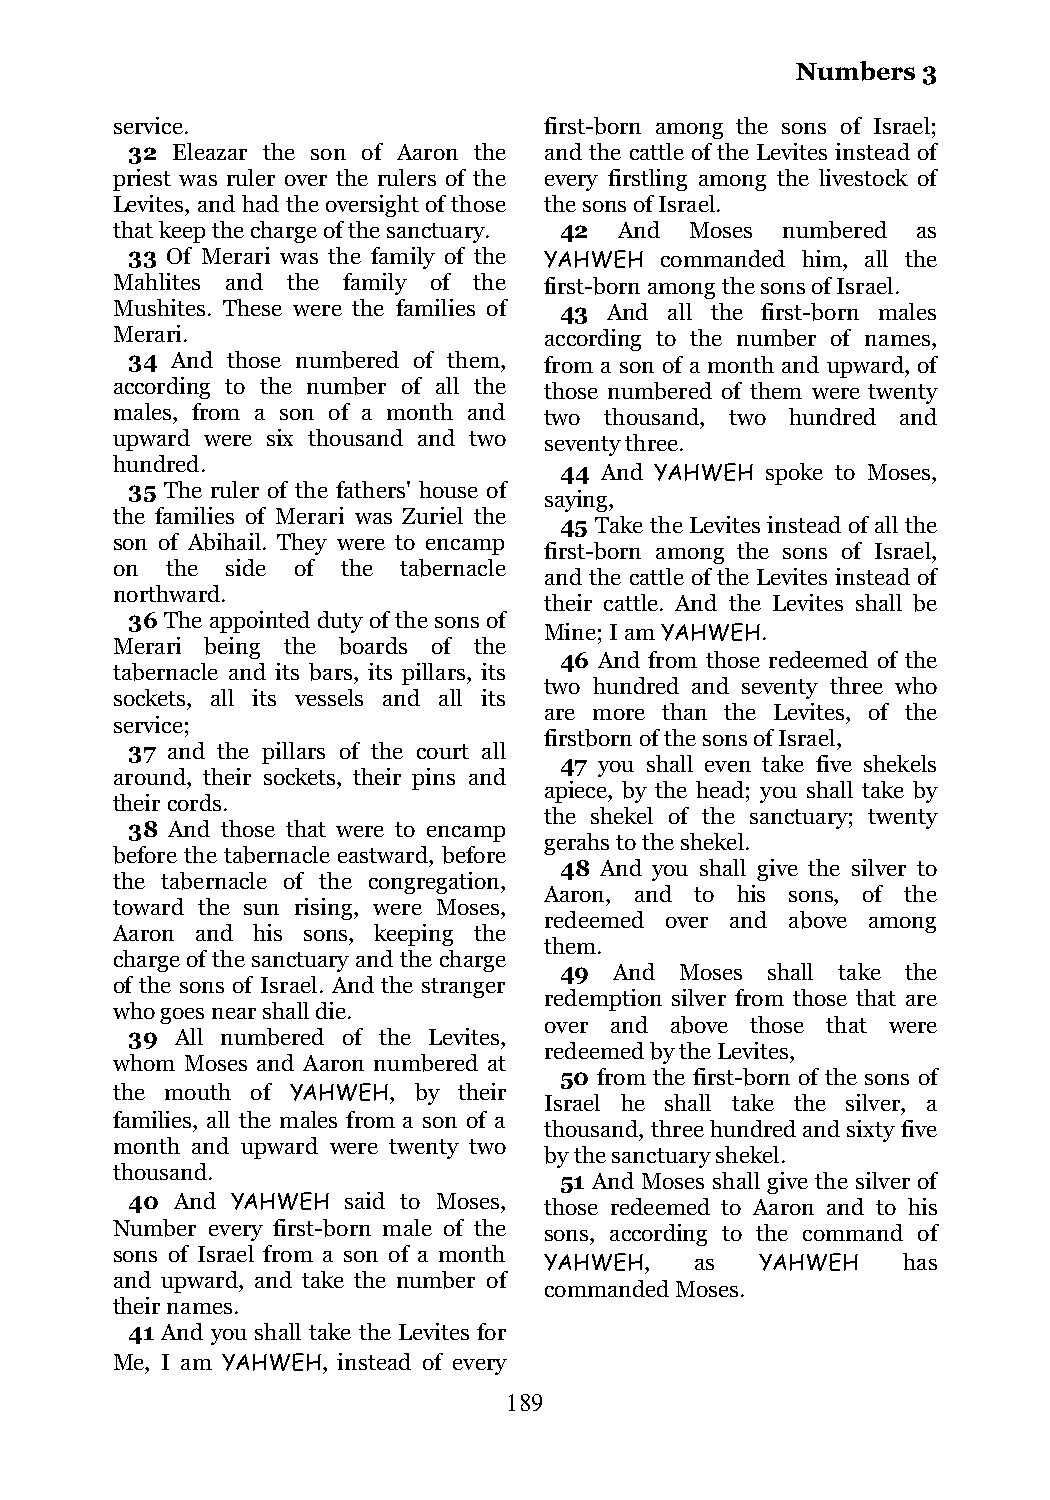
Numbers 3
 service.                     first-born among the sons of Israel;
 32 Eleazar the son of Aaron the and the cattle of the Levites instead of
 priest was ruler over the rulers of the every firstling among the livestock of
 Levites, and had the oversight of those the sons of Israel.
 that keep the charge of the sanctuary. 42 And Moses numbered as
 33 Of Merari was the family of the YAHWEH commanded him, all the
 Mahlites and the family of the first-born among the sons of Israel.
 Mushites. These were the families of 43 And all the first-born males
 Merari.                      according to the number of names,
 34 And those numbered of them, from a son of a month and upward, of
 according to the number of all the those numbered of them were twenty
 males, from a son of a month and two thousand, two hundred and
 upward were six thousand and two seventy three.
 hundred.
 44 And YAHWEH spoke to Moses,
 35 The ruler of the fathers' house of
 saying,
 the families of Merari was Zuriel the
 45 Take the Levites instead of all the
 son of Abihail. They were to encamp
 first-born among the sons of Israel,
 on  the side of the tabernacle
 and the cattle of the Levites instead of
 northward.
 their cattle. And the Levites shall be
 36 The appointed duty of the sons of
 Mine; I am YAHWEH.
 Merari being the boards of the
 46 And from those redeemed of the
 tabernacle and its bars, its pillars, its
 two hundred and seventy three who
 sockets, all its vessels and all its
 are more than the Levites, of the
 service;
 firstborn of the sons of Israel,
 37 and the pillars of the court all
 47 you shall even take five shekels
 around, their sockets, their pins and
 apiece, by the head; you shall take by
 their cords.
 the shekel of the sanctuary; twenty
 38 And those that were to encamp
 gerahs to the shekel.
 before the tabernacle eastward, before
 48 And you shall give the silver to
 the tabernacle of the congregation,
 Aaron, and to his sons, of the
 toward the sun rising, were Moses,
 redeemed over and above among
 Aaron and his sons, keeping the
 them.
 charge of the sanctuary and the charge
 49  And Moses shall take the
 of the sons of Israel. And the stranger
 redemption silver from those that are
 who goes near shall die.
 over and above those that were
 39  All numbered of the Levites,
 redeemed by the Levites,
 whom Moses and Aaron numbered at
 50 from the first-born of the sons of
 the mouth of YAHWEH, by their
 Israel he shall take the silver, a
 families, all the males from a son of a
 thousand, three hundred and sixty five
 month and upward were twenty two
 by the sanctuary shekel.
 thousand.
 51 And Moses shall give the silver of
 40  And YAHWEH said to Moses, those redeemed to Aaron and to his
 Number every first-born male of the sons, according to the command of
 sons of Israel from a son of a month
 YAHWEH,   as  YAHWEH    has
 and upward, and take the number of
 commanded Moses.
 their names.
 41 And you shall take the Levites for
 Me, I am YAHWEH, instead of every
 189